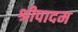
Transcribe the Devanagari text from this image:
श्रीपादम